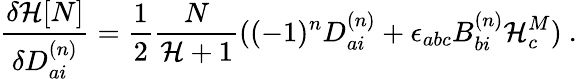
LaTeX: \frac{{\delta}{\cal H}[N]}{{\delta}D_{ai}^{(n)}}=\frac{1}{2}\frac{N}{{\cal H}+1}((-1)^{n}D_{ai}^{(n)}+{\epsilon}_{abc}B_{bi}^{(n)}{\cal H}_{c}^{M})\ .